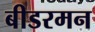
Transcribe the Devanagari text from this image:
बीडरमन